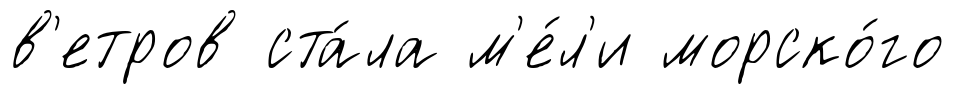
в'етров ста́ла м'е́л'и морско́го